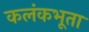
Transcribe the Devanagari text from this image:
कलंकभूता